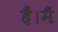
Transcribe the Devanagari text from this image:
हैं।मैं